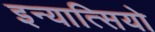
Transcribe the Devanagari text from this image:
इन्यात्सियो